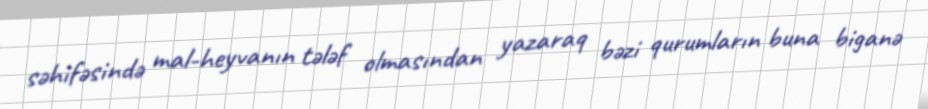
səhifəsində mal-heyvanın tələf olmasından yazaraq bəzi qurumların buna biganə